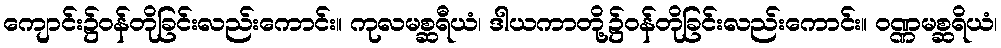
ကျောင်း၌ဝန်တိုခြင်းလည်းကောင်း။ ကုလမစ္ဆရီယံ၊ ဒါယကာတို့၌ဝန်တိုခြင်းလည်းကောင်း။ ဝဏ္ဏမစ္ဆရိယံ၊